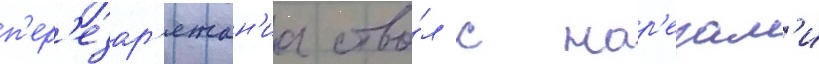
п'ер'езар'яжан'иа ство́л с нар'езам'и